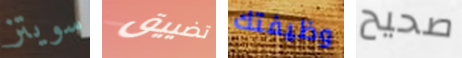
سويتز تضييق وظيفتك صحيح